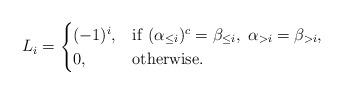
LaTeX: \begin{align*}L_i = \begin{cases}(-1)^i, & {\rm if}\ (\alpha_{\leq i})^c = \beta_{\leq i},\ \alpha_{>i} = \beta_{>i},\\0, & {\rm otherwise}.\end{cases}\end{align*}